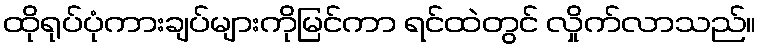
ထိုရုပ်ပုံကားချပ်များကိုမြင်ကာ ရင်ထဲတွင် လှိုက်လာသည်။